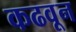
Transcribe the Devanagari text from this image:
कढवून